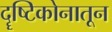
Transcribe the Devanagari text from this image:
दॄष्टिकोनातून